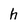
Character: h